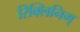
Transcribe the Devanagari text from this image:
रिक्लिनिग्